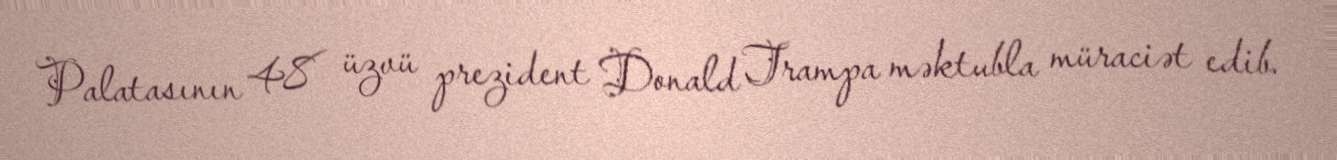
Palatasının 48 üzvü prezident Donald Trampa məktubla müraciət edib.